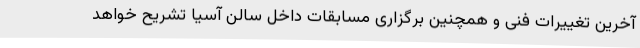
آخرین تغییرات فنی و همچنین برگزاری مسابقات داخل سالن آسیا تشریح خواهد